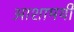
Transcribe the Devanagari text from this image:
आशामयी